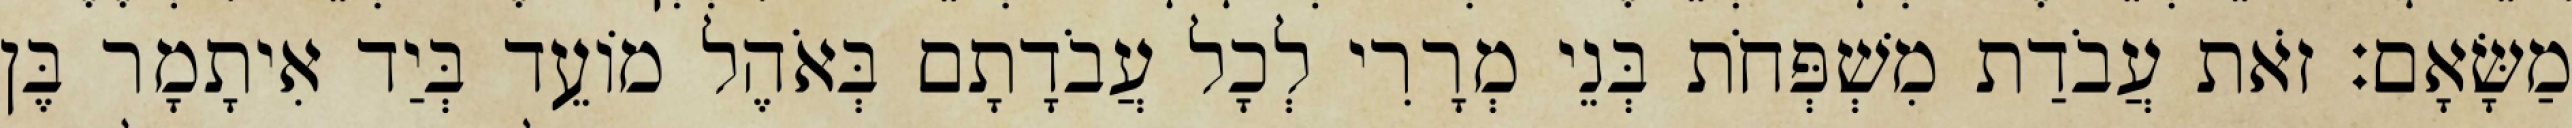
מַשָּׂאָם׃ זֹאת עֲבֹדַת מִשְׁפְּחֹת בְּנֵי מְרָרִי לְכָל עֲבֹדָתָם בְּאֹהֶל מוֹעֵד בְּיַד אִיתָמָר בֶּן